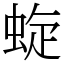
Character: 蜁